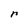
Character: r